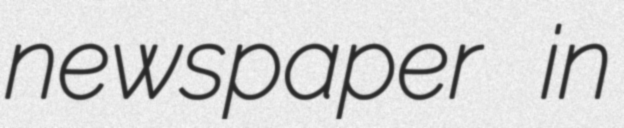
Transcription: newspaper in